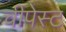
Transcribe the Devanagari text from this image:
चीपेस्ट